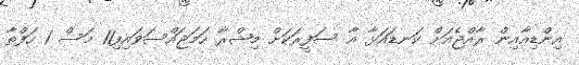
އިންޑިއާއިން ރާއްޖެއަށް ކަނޑައަޅާ އާ ސަފީރަކަށް މިޝްރާ ހަމަޖައްސަވައިފި11 މަސް 1 ހަފްތާ